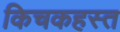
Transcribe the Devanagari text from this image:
किचकहस्त